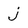
Character: j